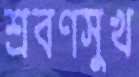
শ্রবণসুখ